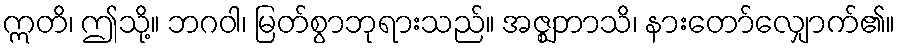
ဣတိ၊ ဤသို့။ ဘဂဝါ၊ မြတ်စွာဘုရားသည်။ အဇ္ဈဘာသိ၊ နားတော်လျှောက်၏။